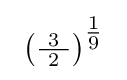
\ \left({\tfrac {\ 3\ }{2}}\right)^{\tfrac {1}{9}}\